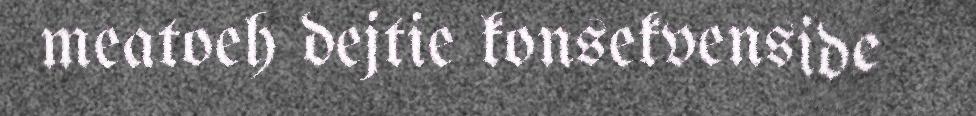
meatoeh dejtie konsekvenside